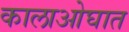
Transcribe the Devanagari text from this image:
कालाओघात